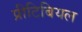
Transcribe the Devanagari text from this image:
प्रीटिबियल